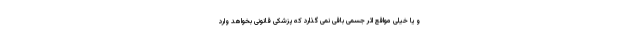
و یا خیلی مواقع اثر جسمی باقی نمی گذارد که پزشکی قانونی بخواهد وارد